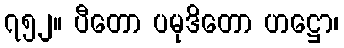
၇၅၂။ ပီတော ပမုဒိတော ဟဋ္ဌော၊